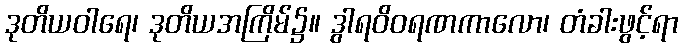
ဒုတိယဝါရေ၊ ဒုတိယအကြိမ်၌။ ဒွါရဝိဝရဏကာလော၊ တံခါးဖွင့်ရာ